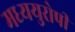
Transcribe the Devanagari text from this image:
मध्ययुरोपी